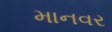
માનવર